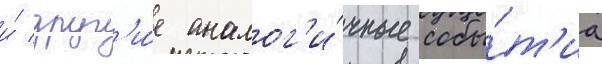
и́ друг'и́е аналог'и́чные собы́т'иа